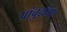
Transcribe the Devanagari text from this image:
पांचुदांगा